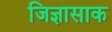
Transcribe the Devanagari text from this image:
जिज्ञासाक